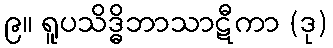
၉။ ရူပသိဒ္ဓိဘာသာဋီကာ (ဒု)